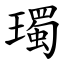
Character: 㻿